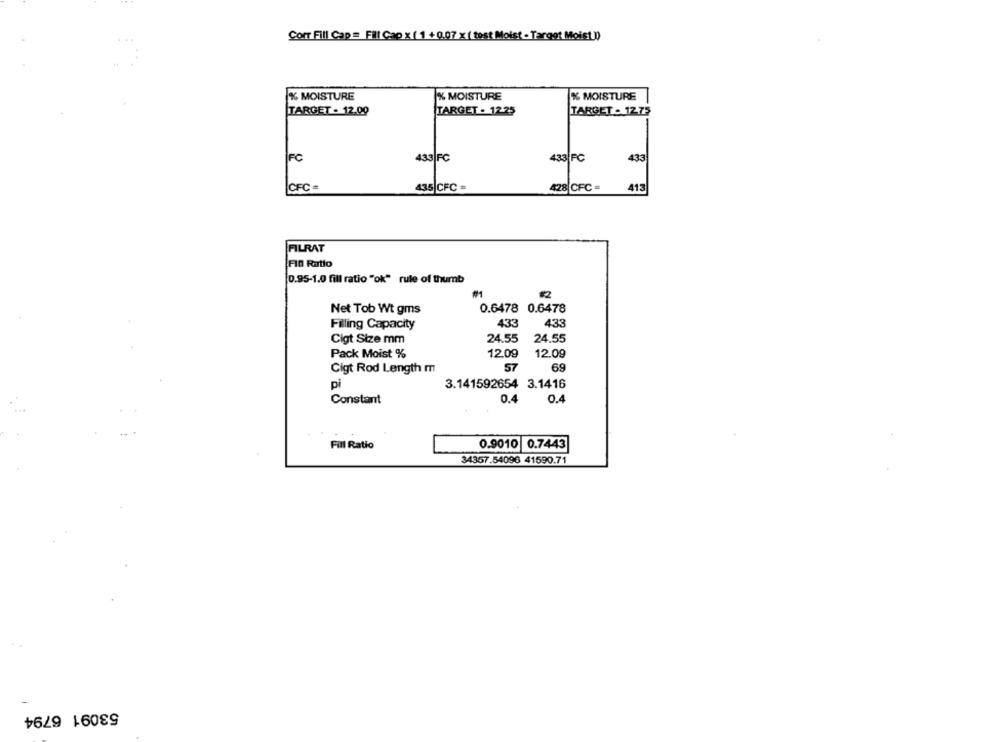
Cort Fill Cap = Fill Cap x (1 +0.07 x (test Moist - Target Moist)
% MOISTURE
% MOISTURE
% MOISTURE
TARGET . 12.00
TARGET . 12.25
TARGET - 1275
FC
433|FC
433 FC
433
CFC =
428 CFC =
435 CFC =
413
FILRAT
FIN Ratto
0.95-1.0 fill ratio "ok" rule of thumb
#2
Net Tob Wt gms
0.6478 0.6478
Filling Capacity
433
433
Cigt Size mm
24.55
24.55
Pack Moist %
12.09
12.09
Cigt Rod Length m
57
69
pi
3.141592654 3.1416
Constant
0.4
0.4
Fill Ratio
0.9010 0.7443
34357.54096 41590.71
53091 6794